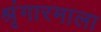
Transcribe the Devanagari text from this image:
श्रृंगारमाला